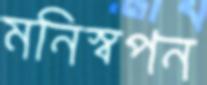
মনিস্বপন